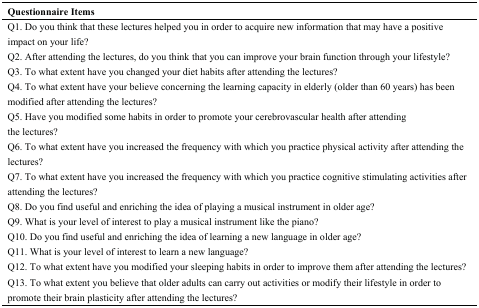
<table><thead><tr><td><b>Questionnaire Items</b></td></tr></thead><tbody><tr><td>Q1. Do you think that these lectures helped you in order to acquire new information that may have a positive impact on your life?</td></tr><tr><td>Q2. After attending the lectures, do you think that you can improve your brain function through your lifestyle?</td></tr><tr><td>Q3. To what extent have you changed your diet habits after attending the lectures?</td></tr><tr><td>Q4. To what extent have your believe concerning the learning capacity in elderly (older than 60 years) has been modified after attending the lectures?</td></tr><tr><td>Q5. Have you modified some habits in order to promote your cerebrovascular health after attending the lectures?</td></tr><tr><td>Q6. To what extent have you increased the frequency with which you practice physical activity after attending the lectures? </td></tr><tr><td>Q7. To what extent have you increased the frequency with which you practice cognitive stimulating activities after attending the lectures? </td></tr><tr><td>Q8. Do you find useful and enriching the idea of playing a musical instrument in older age?</td></tr><tr><td>Q9. What is your level of interest to play a musical instrument like the piano?</td></tr><tr><td>Q10. Do you find useful and enriching the idea of learning a new language in older age?</td></tr><tr><td>Q11. What is your level of interest to learn a new language?</td></tr><tr><td>Q12. To what extent have you modified your sleeping habits in order to improve them after attending the lectures?</td></tr><tr><td>Q13. To what extent you believe that older adults can carry out activities or modify their lifestyle in order to promote their brain plasticity after attending the lectures?</td></tr></tbody></table>